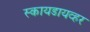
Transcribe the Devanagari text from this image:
स्कायडायव्हर